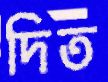
দিত